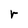
Character: r